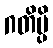
ဂတိမ္ပိ